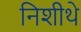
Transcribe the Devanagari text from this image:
निशीथे